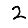
Digit: 2